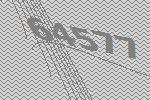
64577